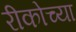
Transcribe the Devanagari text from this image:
रीकोच्या